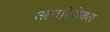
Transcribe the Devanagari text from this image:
अनरिचेबल